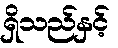
ရှိသည်နှင့်